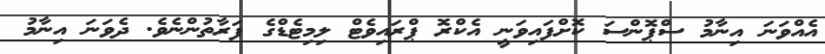
އެއްވަނަ އިނާމު ސްޕޮންސަ ކޮށްފައިވަނީ އެކްރޮ ޕްރައިވެޓް ލިމިޓެޑްގެ ފަރާތުންނެވެ. ދެވަނަ އިނާމު